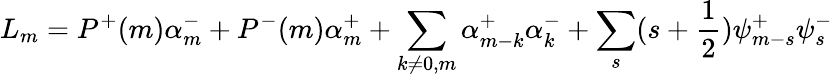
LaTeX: L_{m}=P^{+}(m)\alpha_{m}^{-}+P^{-}(m)\alpha_{m}^{+}+\sum_{k\ne 0,m}\alpha_{m-k}^{+}\alpha_{k}^{-}+\sum_{s}(s+\frac{1}{2})\psi_{m-s}^{+}\psi_{s}^{-}